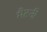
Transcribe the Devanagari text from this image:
मैटनी